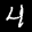
Label: 4